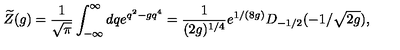
\widetilde Z ( g ) = { \frac { 1 } { \sqrt { \pi } } } \int _ { - \infty } ^ { \infty } d q e ^ { q ^ { 2 } - g q ^ { 4 } } = { \frac { 1 } { ( 2 g ) ^ { 1 / 4 } } } e ^ { 1 / ( 8 g ) } D _ { - 1 / 2 } ( - 1 / \sqrt { 2 g } ) ,